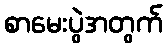
စာမေးပွဲအတွက်